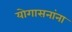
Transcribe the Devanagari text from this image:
योगासनांना